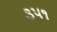
૩૫૧